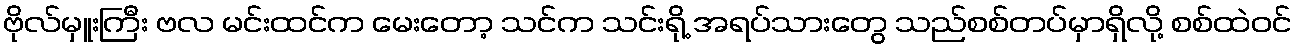
ဗိုလ်မှူးကြီး ဗလ မင်းထင်က မေးတော့ သင်က သင်းရို့ အရပ်သားတွေ သည်စစ်တပ်မှာရှိလို့ စစ်ထဲဝင်